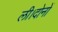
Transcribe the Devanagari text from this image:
ली।दोनों